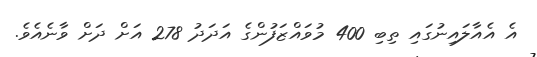
އެ އެއާލައިނުގައި ތިބި 400 މުވައްޒަފުންގެ އަދަދު 278 އަށް ދަށް ވާނެއެވެ.